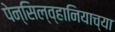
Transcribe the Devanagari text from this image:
पेन्सिल्व्हानियाच्या